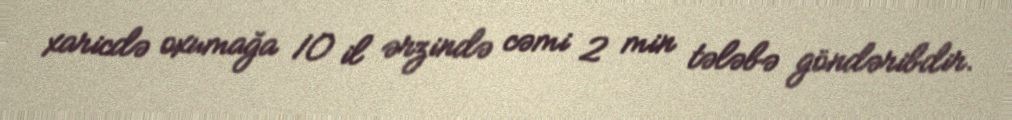
xaricdə oxumağa 10 il ərzində cəmi 2 min tələbə göndəribdir.